Scientific memoirs by medical officers of the Army of India - Part XII,
Year: 1901
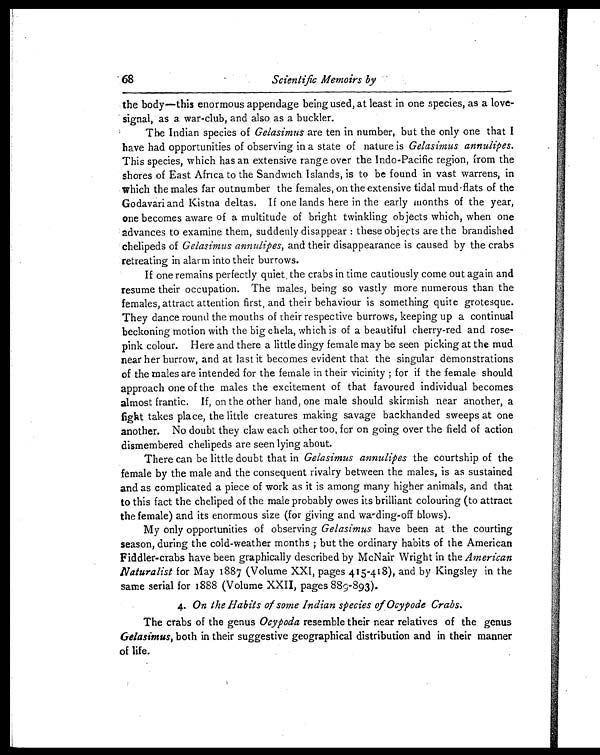
68
Scientific Memoirs by
the body—this enormous appendage being used, at least in one species, as a love
-signal, as a war-club, and also as a buckler.
The Indian species of Gelasimus are ten in number, but the only one that I
have had opportunities of observing in a state of nature is Gelasimus annulipes.
This species, which has an extensive range over the Indo-Pacific region, from the
shores of East Africa to the Sandwich Islands, is to be found in vast warrens, in
which the males far outnumber the females, on the extensive tidal mud-flats of the
Godavari and Kistna deltas. If one lands here in the early months of the year,
one becomes aware of a multitude of bright twinkling objects which, when one
advances to examine them, suddenly disappear : these objects are the brandished
chelipeds of Gelasimus annulipes, and their disappearance is caused by the crabs
retreating in alarm into their burrows.
If one remains perfectly quiet the crabs in time cautiously come out again and
resume their occupation. The males, being so vastly more numerous than the
females, attract attention first, and their behaviour is something quite grotesque.
They dance round the mouths of their respective burrows, keeping up a continual
beckoning motion with the big chela, which is of a beautiful cherry-red and rose-
pink colour. Here and there a little dingy female may be seen picking at the mud
near her burrow, and at last it becomes evident that the singular demonstrations
of the males are intended for the female in their vicinity ; for if the female should
approach one of the males the excitement of that favoured individual becomes
almost frantic. lf, on the other hand, one male should skirmish near another, a
fight takes place, the little creatures making savage backhanded sweeps at one
another. No doubt they claw each other too, for on going over the field of action
dismembered chelipeds are seen lying about.
There can be little doubt that in Gelasimus annulipes the courtship of the
female by the male and the consequent rivalry between the males, is as sustained
and as complicated a piece of work as it is among many higher animals, and that
to this fact the cheliped of the male probably owes its brilliant colouring (to attract
the female) and its enormous size (for giving and warding-off blows).
My only opportunities of observing Gelasimus have been at the courting
season, during the cold-weather months ; but the ordinary habits of the American
Fiddler-crabs have been graphically described by McNair Wright in the American
Naturalist for May 1887 (Volume XXI, pages 415-418), and by Kingsley in the
same serial for 1888 (Volume XXII, pages 889-893).
4. On the Habits of some Indian species of Ocypode Crabs.
The crabs of the genus Ocypoda resemble their near relatives of the genus
Gelasimus, both in their suggestive geographical distribution and in their manner
of life.